Senior Leaving Certificate Examination (including Day School Certificate (Higher) General paper), 1946
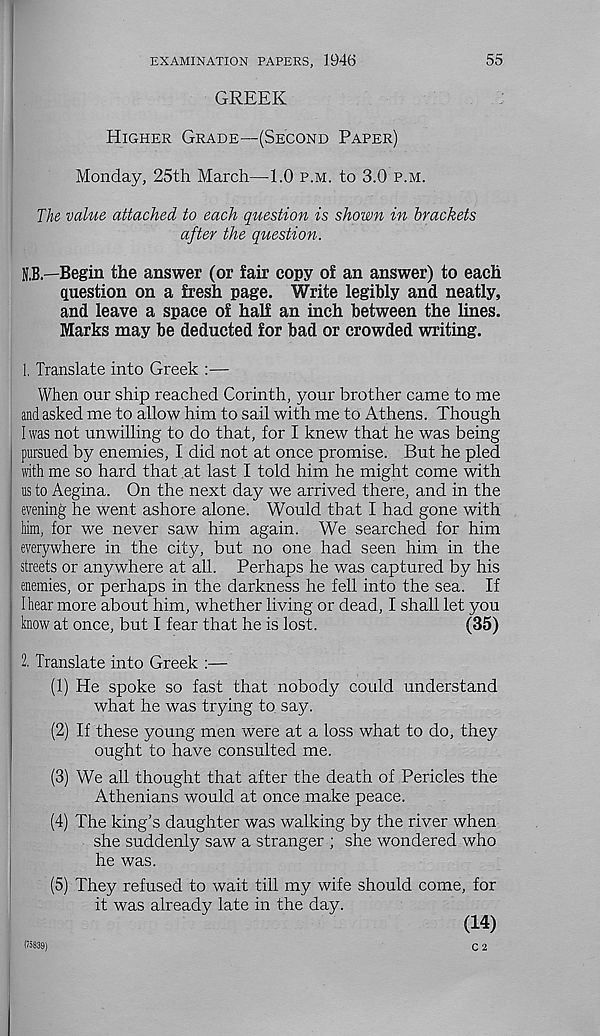
EXAMINATION PAPERS, 1946
55
GREEK
Higher Grade—(Second Paper)
Monday, 25th March—1.0 p.m. to 3.0 p.m.
The value attached to each question is shown in brackets
after the question.
N,B.—Begin the answer (or fair copy of an answer) to each
question on a fresh page. Write legibly and neatly,
and leave a space of half an inch between the lines.
Marks may be deducted for bad or crowded writing.
1, Translate into Greek :—
When our ship reached Corinth, your brother came to me
and asked me to allow him to sail with me to Athens. Though
I was not unwilling to do that, for I knew that he was being
pursued by enemies, I did not at once promise. But he pled
with me so hard that at last I told him he might come with
us to Aegina. On the next day we arrived there, and in the
evening he went ashore alone. Would that I bad gone with
him, for we never saw him again. We searched for him
everywhere in the city, but no one had seen him in the
streets or anywhere at all. Perhaps he was captured by his
enemies, or perhaps in the darkness he fell into the sea. If
I hear more about him, whether living or dead, I shall let you
know at once, but I fear that he is lost.
(35)
2. Translate into Greek :—
(1) He spoke so fast that nobody could understand
what he was trying to say.
(2) If these young men were at a loss what to do, they
ought to have consulted me.
(3) We all thought that after the death of Pericles the
Athenians would at once make peace.
(4) The king’s daughter was walking by the river when
she suddenly saw a stranger ; she wondered who
he was.
(5) They refused to wait till my wife should come, for
it was already late in the day.
(14)
C 2